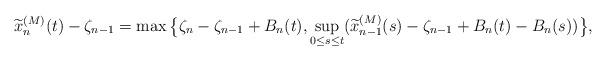
LaTeX: \begin{align*}\widetilde{x}_n^{(M)}(t)-\zeta_{n-1}= \max\big\{\zeta_n-\zeta_{n-1}+B_n(t),\sup_{0\leq s \leq t}(\widetilde{x}_{n-1}^{(M)}(s)-\zeta_{n-1}+B_n(t)-B_n(s))\big\},\end{align*}